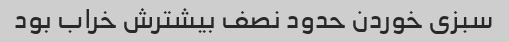
سبزی خوردن حدود نصف بیشترش خراب بود